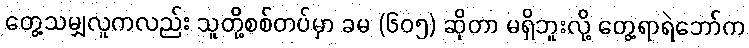
တွေ့သမျှလူကလည်း သူတို့စစ်တပ်မှာ ခမ (၆၀၅) ဆိုတာ မရှိဘူးလို့ တွေ့ရာရဲဘော်က